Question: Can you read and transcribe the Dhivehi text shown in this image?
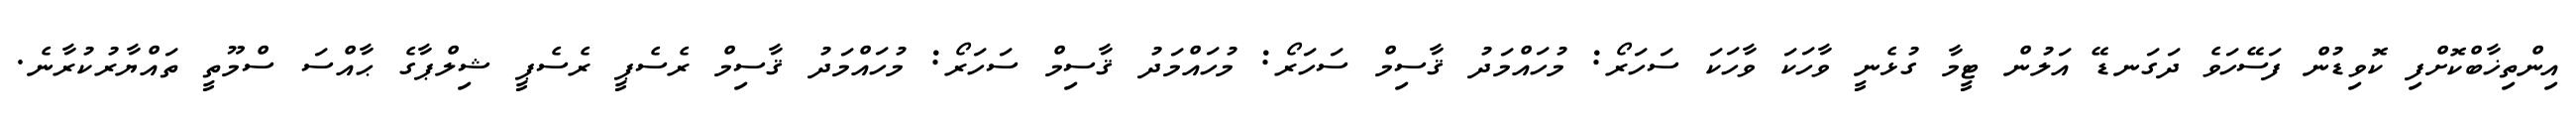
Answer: އިންތިޚާބްކޮށްފި ކޮވިޑުން ފަސޭހަވެ ދަގަނޑޭ އަލުން ޓީމާ ގުޅެނީ ވާހަކަ ވާހަކަ ސަހަރޯ: މުހައްމަދު ޤާސިމް ސަހަރޯ: މުހައްމަދު ޤާސިމް ސަހަރޯ: މުހައްމަދު ޤާސިމް ރެސެޕީ ރެސެޕީ ޝިލްޕާގެ ޙާއްސަ ސްމޫތީ ތައްޔާރުކުރާނެ.